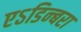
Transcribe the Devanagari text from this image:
एऽडिन्बरा